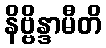
နိဗ္ဗိန္ဒာမီတိ